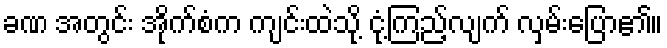
ခဏ အတွင်း အိုက်စံက ကျင်းထဲသို့ ငုံ့ကြည့်လျက် လှမ်းပြော၏။